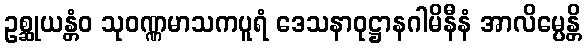
ဥစ္ဆုယန္တံဝ သုဝဏ္ဏမာသကပူရံ ဒေသနာဝုဋ္ဌာနဂါမိနီနံ အာလိမ္ပေန္တိ